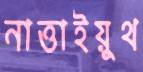
নাত্তাইয়ুথ